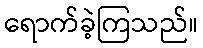
ရောက်ခဲ့ကြသည်။